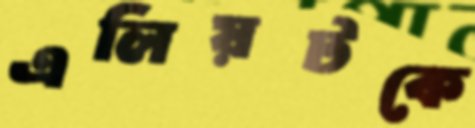
এলিয়টকে